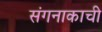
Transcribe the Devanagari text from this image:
संगनाकाची